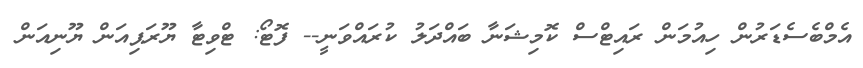
އެމްބެސެޑަރުން ހިއުމަން ރައިޓްސް ކޮމިޝަނާ ބައްދަލު ކުރައްވަނީ-- ފޮޓޯ: ޓްވިޓާ ޔޫރަޕިއަން ޔޫނިއަން